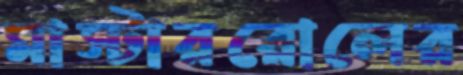
মাস্টাররোলের